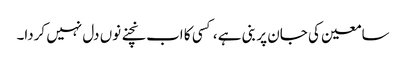
سامعین کی جان پر بنی ہے ، کسی کا اب نچنے نوں دل نہیں کردا۔